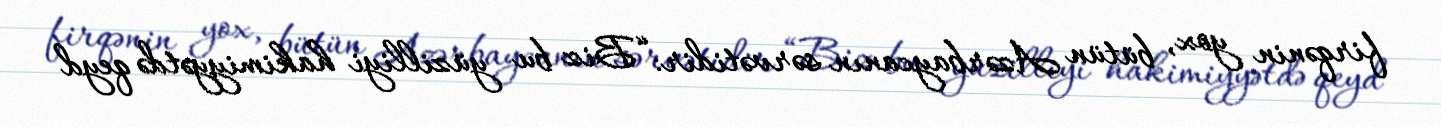
firqənin yox, bütün Azərbaycanın sərvətidir: “Biz bu yüzilliyi hakimiyyətdə qeyd